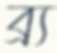
ব্র্য